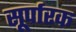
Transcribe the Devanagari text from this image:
सूर्पारक